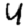
Digit: 4